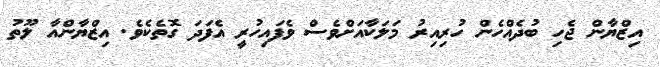
އިޒްޔާން ޖެހި ބުދެއްހެން ހުރިއިރު މަލަކާއަށްވެސް ވެފައިހުރީ އެފަދަ ގޮތެކެވެ. އިޒްޔާންއާ ލޫތު